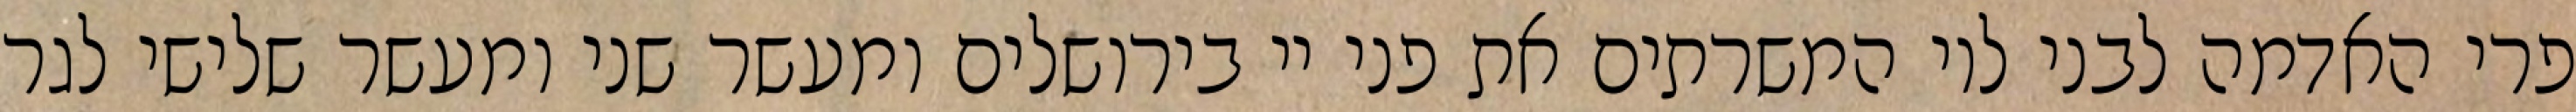
פרי האדמה לבני לוי המשרתים את פני יי בירושלים ומעשר שני ומעשר שלישי לגר